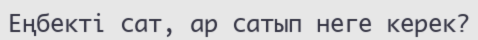
Еңбекті сат, ар сатып неге керек?